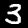
Label: 3